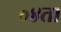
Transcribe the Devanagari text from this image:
०४ता